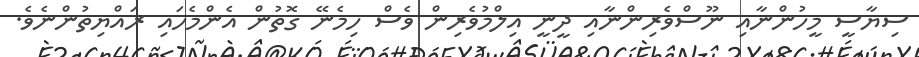
ސިޔާސީ މީހުންނާއި ނޫސްވެރިންނާއި ދީނީ އިލްމުވެރިން ވެސް ހިމެނޭ ގޮތުން އެންމެހައި ރައްޔިތުންނެވެ.